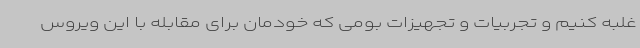
غلبه کنیم و تجربیات و تجهیزات بومی که خودمان برای مقابله با این ویروس